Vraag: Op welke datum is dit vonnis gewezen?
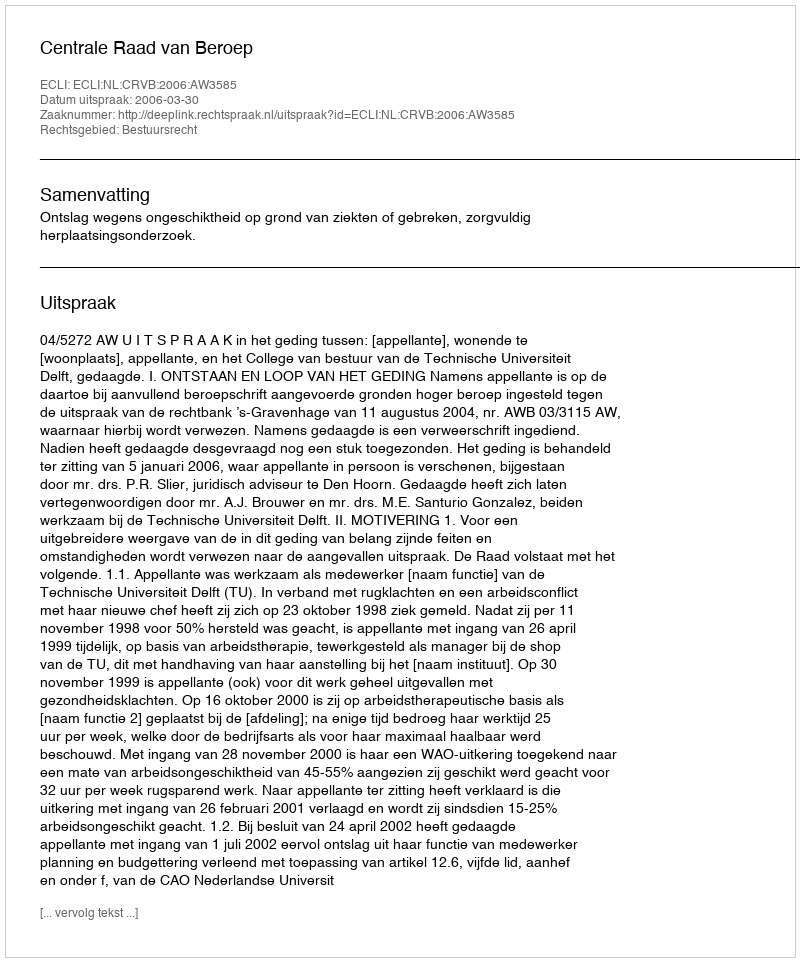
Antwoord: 2006-03-30